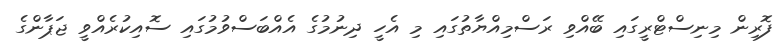
ފޮރިން މިނިސްޓްރީގައި ބޭއްވި ރަސްމިއްޔާތުގައި މި އެހީ ދިނުމުގެ އެއްބަސްވުމުގައި ސޮއިކުރެއްވީ ޖަޕާންގެ